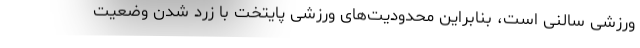
ورزشی سالنی است، بنابراین محدودیت‌های ورزشی پایتخت با زرد شدن وضعیت